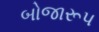
બોજારૂપ